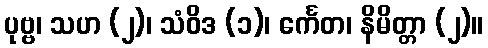
ပုဗ္ဗ၊ သဟ (၂)၊ သံဝိဒ (၁)၊ င်္ကေတ၊ နိမိတ္တာ (၂)။